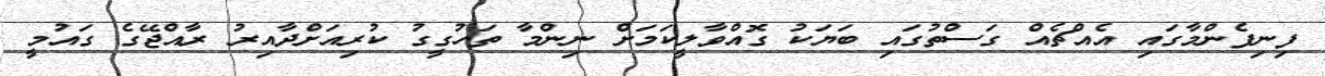
ފިނިފެންމާގައި އެއްޗެއް ގަސްތުގައި ބަޔަކު ގޮއްވާލީކަމަށް ނިންމާ ތަހުގީގު ކުރިއަށްދާއިރު ރާއްޖޭގެ ގައުމީ